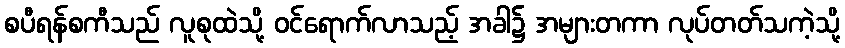
စပီရန်စကီသည် လူစုထဲသို့ ဝင်ရောက်လာသည့် အခါ၌ အများတကာ လုပ်တတ်သကဲ့သို့